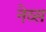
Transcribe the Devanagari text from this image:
नेव्स